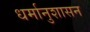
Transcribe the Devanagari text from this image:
धर्मानुशासन